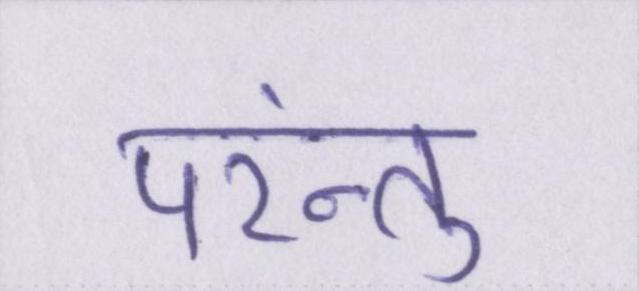
परंन्तु